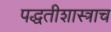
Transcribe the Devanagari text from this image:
पद्धतीशास्त्राच